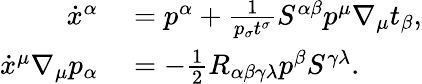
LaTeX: \begin{array}{rl}{\dot{x}^{\alpha}}&{{}=p^{\alpha}+\frac{1}{p_{\sigma}t^{\sigma}}S^{\alpha\beta}p^{\mu}\nabla_{\mu}t_{\beta},}\\ {\dot{x}^{\mu}\nabla_{\mu}p_{\alpha}}&{{}=-\frac{1}{2}R_{\alpha\beta\gamma\lambda}p^{\beta}S^{\gamma\lambda}.}\end{array}